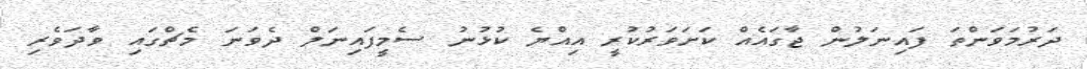
ދަރުމަވަންތަ ފައިނަލުން ޖާގައެއް ކަށަވަރުކުރީ އިއްޔެ ކުޅުނު ސެމީފައިނަލް ދެވަނަ މެޗްގައި ވާދަވެރި